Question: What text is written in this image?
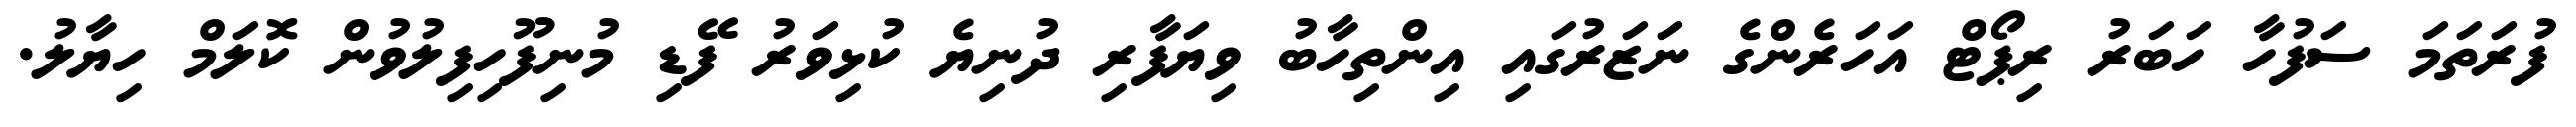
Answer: ފުރަތަމަ ސަފުހާ ހަބަރު ރިޕޯޓް އަހަރެންގެ ނަޒަރުގައި އިންތިހާބު ވިޔަފާރި ދުނިޔެ ކުޅިވަރު ފޭޑި މުނިފޫހިފިލުވުން ކޮލަމް ހިޔާލު.